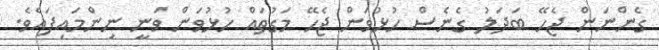
ގެންނަން ޖެހޭ ބަދަލު ގެނެސް ހުޅުވަން ޖެހޭ މަގުތައް ހުޅުވަން ވަނީ ނިންމައިފައެވެ.